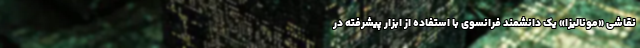
نقاشی «مونالیزا» یک دانشمند فرانسوی با استفاده از ابزار پیشرفته در